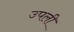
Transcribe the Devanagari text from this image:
उपली